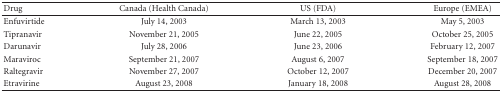
<table><thead><tr><td><b>Drug</b></td><td><b>Canada (Health Canada)</b></td><td><b>US (FDA)</b></td><td><b>Europe (EMEA)</b></td></tr></thead><tbody><tr><td>Enfuvirtide</td><td>July 14, 2003</td><td>March 13, 2003</td><td>May 5, 2003</td></tr><tr><td>Tipranavir</td><td>November 21, 2005</td><td>June 22, 2005</td><td>October 25, 2005</td></tr><tr><td>Darunavir</td><td>July 28, 2006</td><td>June 23, 2006</td><td>February 12, 2007</td></tr><tr><td>Maraviroc</td><td>September 21, 2007</td><td>August 6, 2007</td><td>September 18, 2007</td></tr><tr><td>Raltegravir</td><td>November 27, 2007</td><td>October 12, 2007</td><td>December 20, 2007</td></tr><tr><td>Etravirine</td><td>August 23, 2008</td><td>January 18, 2008</td><td>August 28, 2008</td></tr></tbody></table>